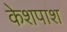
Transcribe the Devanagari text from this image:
केशपाश